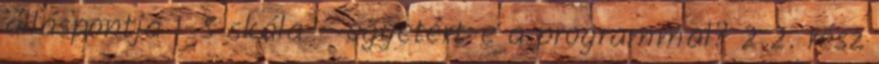
álláspontja 1-5 skála – egyetért-e a programmal? 2.2. rész